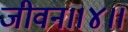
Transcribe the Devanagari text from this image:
जीवन।।४।।